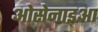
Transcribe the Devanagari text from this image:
ओसेनाइआ